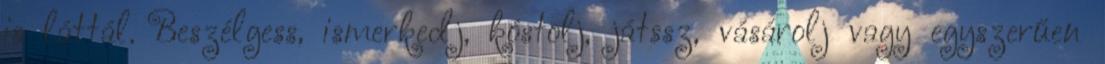
is láttál. Beszélgess, ismerkedj, kóstolj, játssz, vásárolj vagy egyszerűen